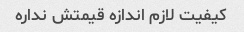
کیفیت لازم اندازه قیمتش نداره